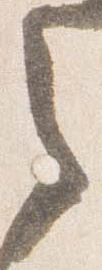
之